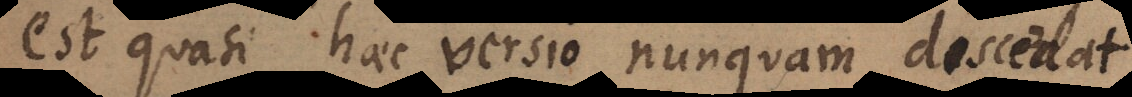
est quasi haec versio nunquam discedat